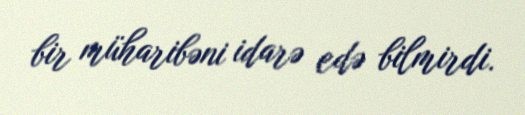
bir müharibəni idarə edə bilmirdi.